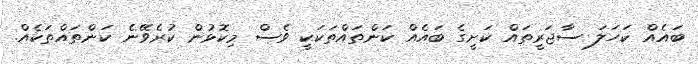
ބައެއް ކަހަލަ ސާޖަރީތައް ކަށީގެ ބައެއް ކަންތައްތަކަކީ ވެސް މިކޮޅުން ކުރެވޭނެ ކަންތައްތަކެއް.